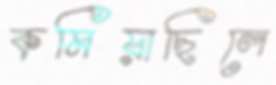
কমিয়াছিলে